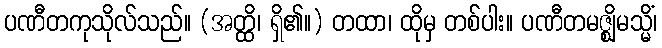
ပဏီတကုသိုလ်သည်။ (အတ္ထိ၊ ရှိ၏။) တထာ၊ ထိုမှ တစ်ပါး။ ပဏီတမဇ္ဈိမသ္မိံ၊